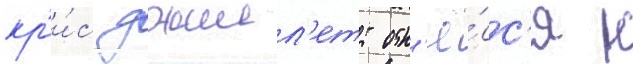
кр'и́с джилл'етт отн'ё́сс'я к